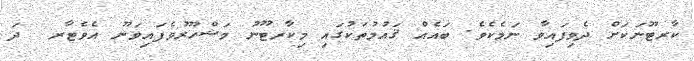
ކާރޓޫނަކަށް ދެވިފައިވާ ނަމެކެވެ. ބައެއް ޤައުމުތަކުގައި މިކާރޓޫނު މަޝްހޫރުވެފައިވަނޫ އެވެޓާރ  ދަ